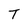
Character: T